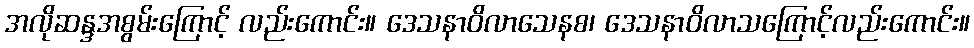
အလိုဆန္ဒအစွမ်းကြောင့် လည်းကောင်း။ ဒေသနာဝိလာသေနစ၊ ဒေသနာဝိလာသကြောင့်လည်းကောင်း။